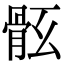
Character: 𩨤